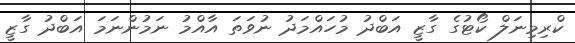
ކްރިމިނަލް ކޯޓުގެ ގާޒީ އަބްދު މުހައްމަދު ނުވަތަ އާއްމު ނަމުންނަމަ އަބްދު ގާޒީ